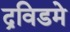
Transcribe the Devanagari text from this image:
द्रविडमे